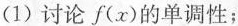
(1)讨论f(x)的单调性；